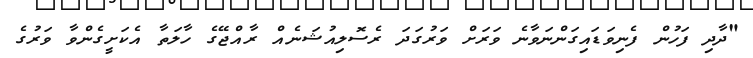
"ދާދި ފަހުން ފެނިވަޑައިގަންނަވާނެ ވަރަށް ވަރުގަދަ ރެސޮލިއުޝަނެއް ރާއްޖޭގެ ހާލަތާ އެކަށީގެންވާ ވަރުގެ